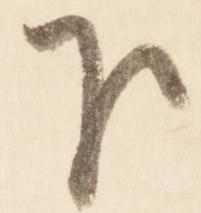
下